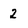
Character: 2